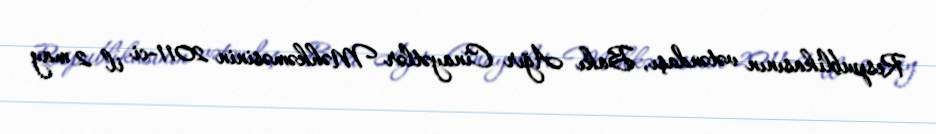
Respublikasının vətəndaşı, Bakı Ağır Cinayətlər Məhkəməsinin 2011-ci il 2 may